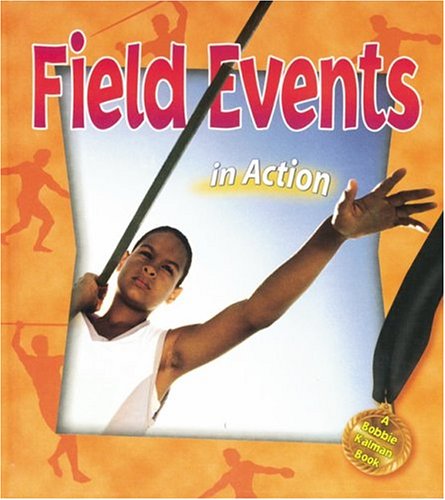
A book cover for Field Events in Action (Sports in Action); Bobbie Kalman; Children's Books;